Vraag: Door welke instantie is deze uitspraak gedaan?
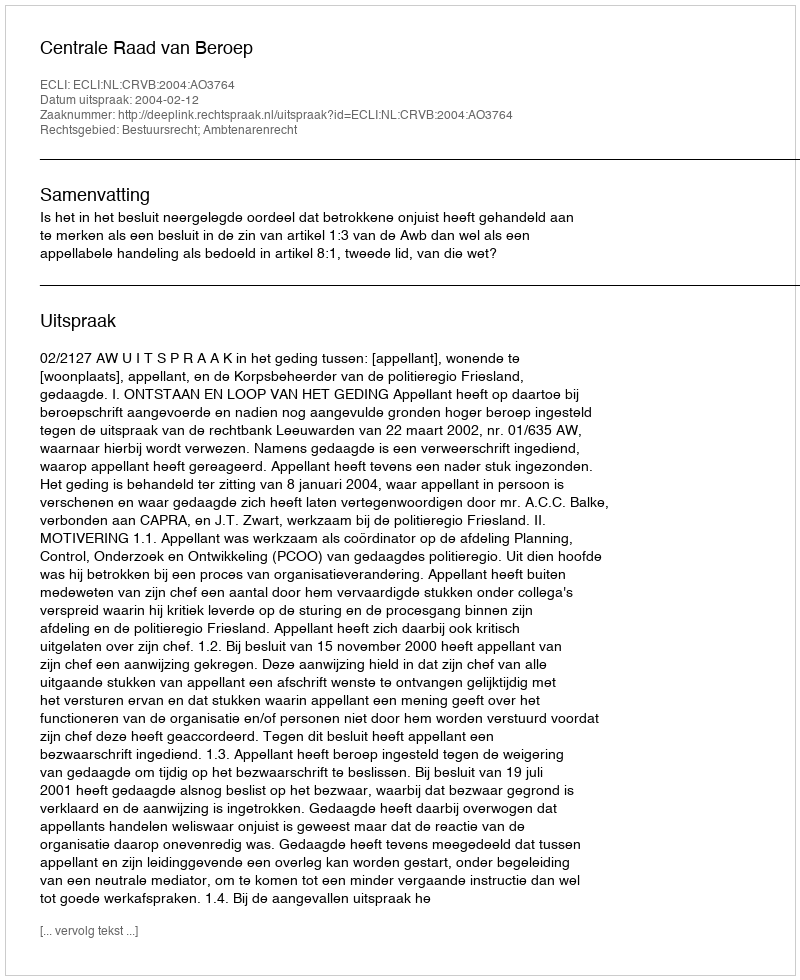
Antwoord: Centrale Raad van Beroep